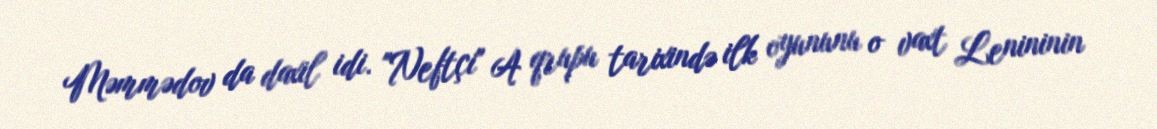
Məmmədov da daxil idi. "Neftçi" A qrupu tarixində ilk oyununu o vaxt Lenininin